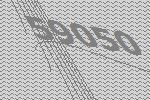
59050